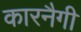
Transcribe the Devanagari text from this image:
कारनैगी